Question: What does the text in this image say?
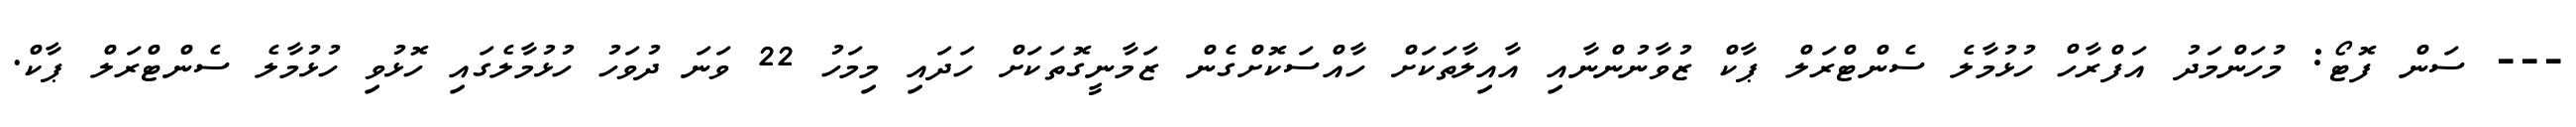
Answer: --- ސަން ފޮޓޯ: މުހަންމަދު އަފްރާހް ހުޅުމާލެ ސެންޓްރަލް ޕާކް ޒުވާނުންނާއި އާއިލާތަކަށް ހާއްސަކޮށްގެން ޒަމާނީގޮތަކަށް ހަދައި މިމަހު 22 ވަނަ ދުވަހު ހުޅުމާލެގައި ހޮޅުވި ހުޅުމާލެ ސެންޓްރަލް ޕާކް.